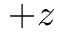
+ z